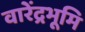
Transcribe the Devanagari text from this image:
वारेंद्रभूमि